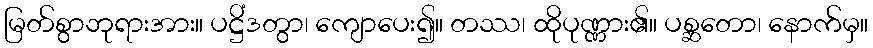
မြတ်စွာဘုရားအား။ ပဋ္ဌိံဒတွာ၊ ကျောပေး၍။ တဿ၊ ထိုပုဏ္ဏား၏။ ပစ္ဆတော၊ နောက်မှ။